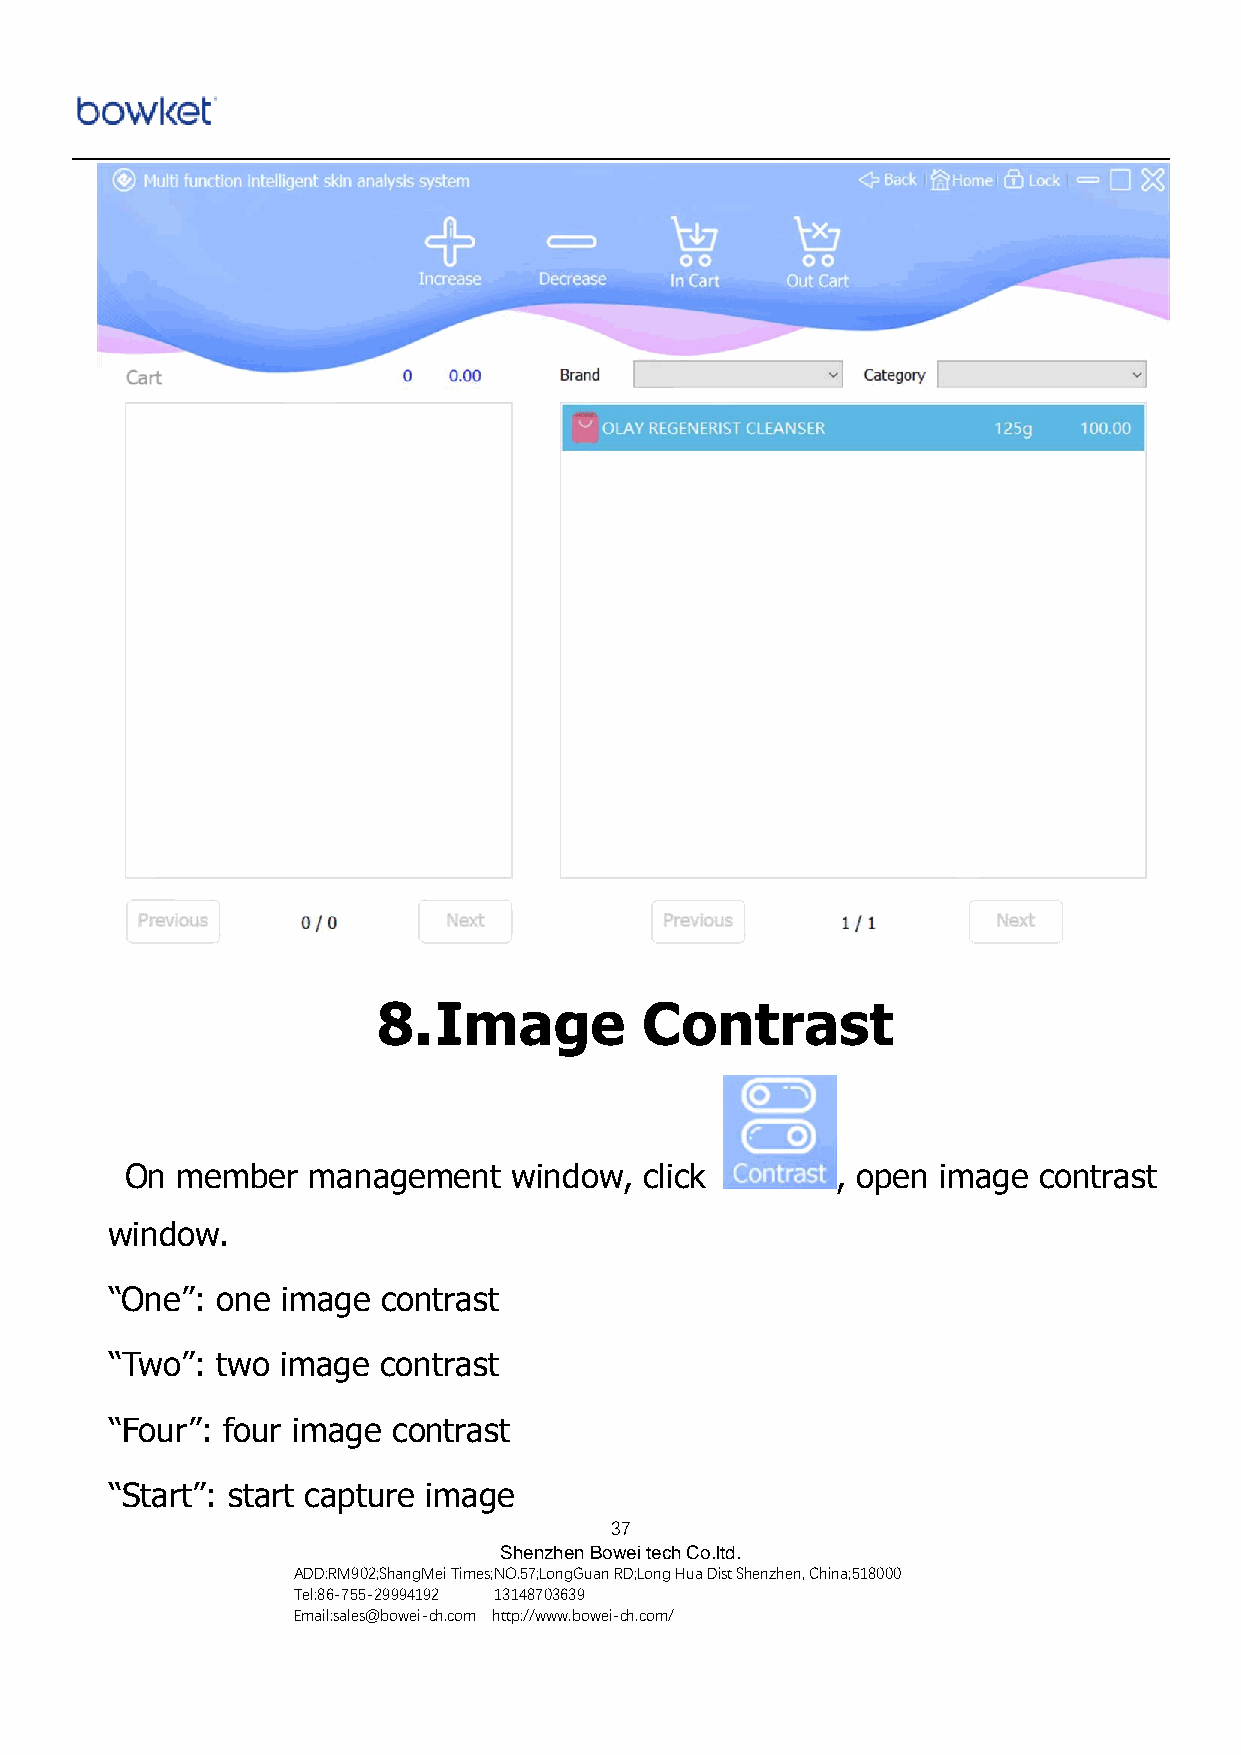
8.  Image        Contrast
 On  member  management    window,  click       , open image  contrast
 window.
 “One”: one  image contrast
 “Two”: two  image contrast
 “Four”: four image contrast
 “Start”: start capture image
 37
 Shenzhen Bowei tech Co.ltd.
 ADD:RM902;ShangMei Times;NO.57;LongGuan RD;Long Hua Dist Shenzhen, China;518000
 Tel:86-755-29994192 13148703639
 Email:sales@bowei-ch.com http://www.bowei-ch.com/